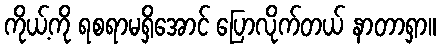
ကိုယ့်ကို ရစရာမရှိအောင် ပြောလိုက်တယ် နာတာရှာ။